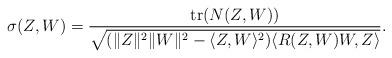
LaTeX: \begin{align*}\sigma(Z,W)=\frac{\textup{tr}(N(Z,W))}{\sqrt{(\|Z\|^2\|W\|^2 - \langle Z,W\rangle^2)\langle R(Z,W)W,Z\rangle}}.\end{align*}